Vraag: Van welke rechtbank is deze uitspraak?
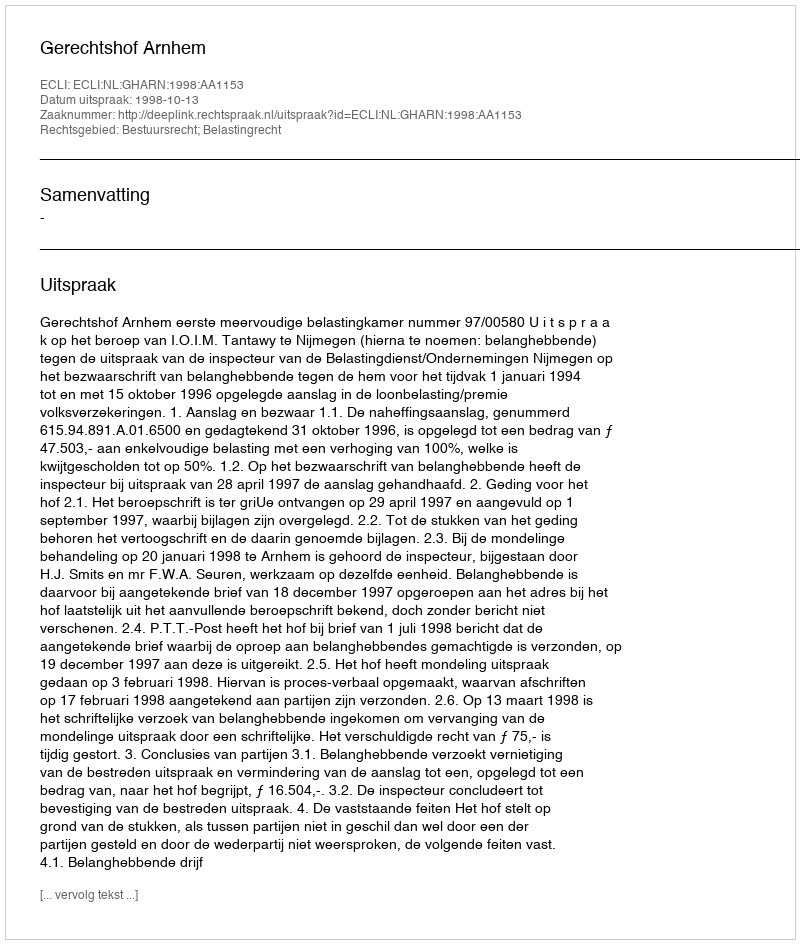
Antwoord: Gerechtshof Arnhem